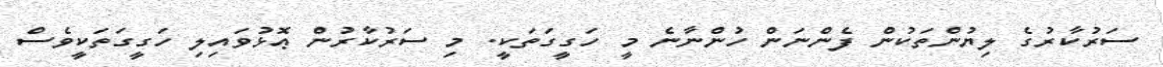
ސަރުކާރުގެ ލިޔުންތަކުން ފެންނަން ހުންނާނެ މީ ހަގީގަތަކީ. މި ސަރުކާރުން ޢޮޅުވައިލި ހަގީގަތަކީވެސް